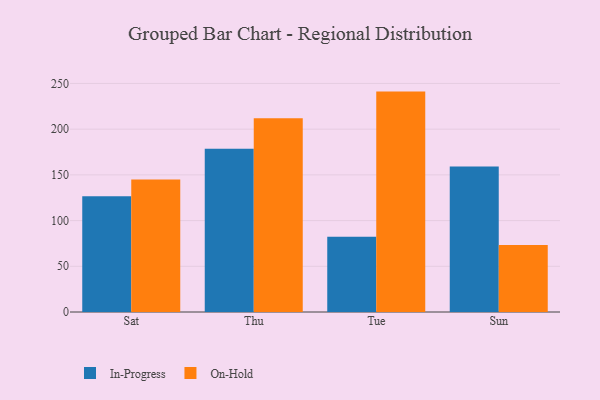
{"axis": {"x": "Day", "y": "Net Income (USD K)"}, "legend": ["In-Progress", "On-Hold"], "data": [{"x": "Sat", "y": 126.5, "type": "In-Progress"}, {"x": "Sat", "y": 144.9, "type": "On-Hold"}, {"x": "Thu", "y": 178.6, "type": "In-Progress"}, {"x": "Thu", "y": 212.0, "type": "On-Hold"}, {"x": "Tue", "y": 82.4, "type": "In-Progress"}, {"x": "Tue", "y": 241.1, "type": "On-Hold"}, {"x": "Sun", "y": 159.1, "type": "In-Progress"}, {"x": "Sun", "y": 73.3, "type": "On-Hold"}]}